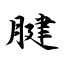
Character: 腱